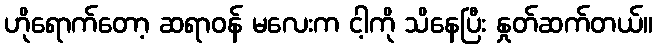
ဟိုရောက်တော့ ဆရာဝန် မလေးက ငါ့ကို သိနေပြီး နှုတ်ဆက်တယ်။